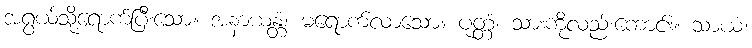
အရွယ်သို့ရောက်ပြီးသော။ အနာယန္တံ၊ မရောက်လာသော။ ပုတ္တံ၊ သားကိုလည်းကောင်း။ သာယံ၊